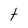
Character: t